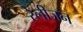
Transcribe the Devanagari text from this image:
रेलीजन